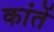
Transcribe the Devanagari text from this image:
कांतें